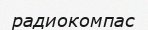
радиокомпас